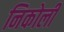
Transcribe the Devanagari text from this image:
निकोली